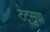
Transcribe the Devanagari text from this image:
टेट्सुया